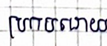
ប្រកបដោយ